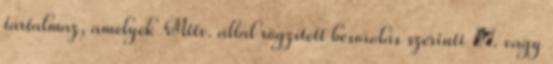
tartalmaz, amelyek Mttv. által rögzített besorolás szerinti Ⅴ. vagy